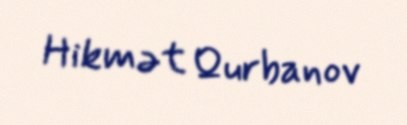
Hikmət Qurbanov